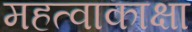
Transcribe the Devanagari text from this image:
महत्वाकाक्षा